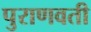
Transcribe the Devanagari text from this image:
पुराणवती